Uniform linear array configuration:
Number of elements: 24
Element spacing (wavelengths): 1
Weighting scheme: binomial
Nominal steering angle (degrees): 45
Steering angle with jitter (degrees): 43.05
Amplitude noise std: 0.05
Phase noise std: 0.05

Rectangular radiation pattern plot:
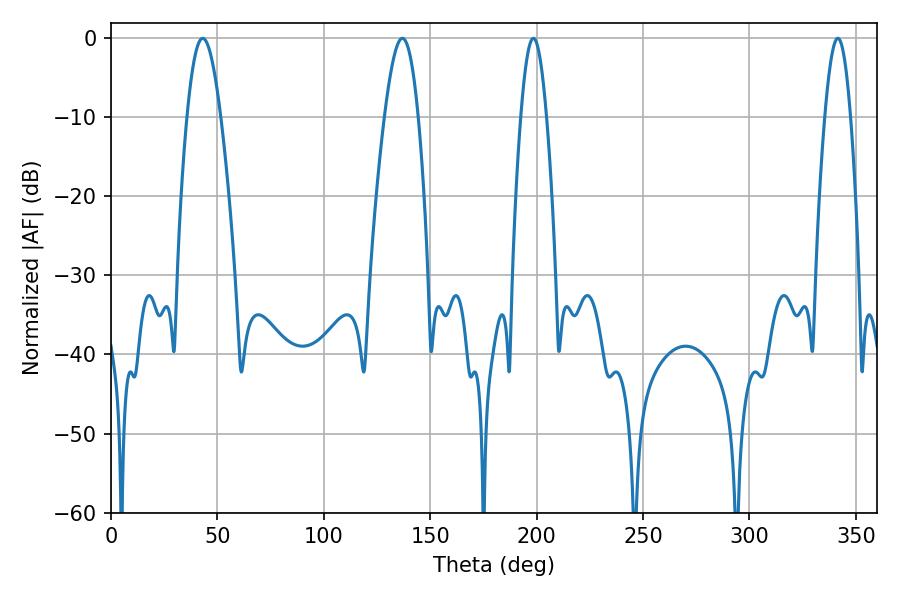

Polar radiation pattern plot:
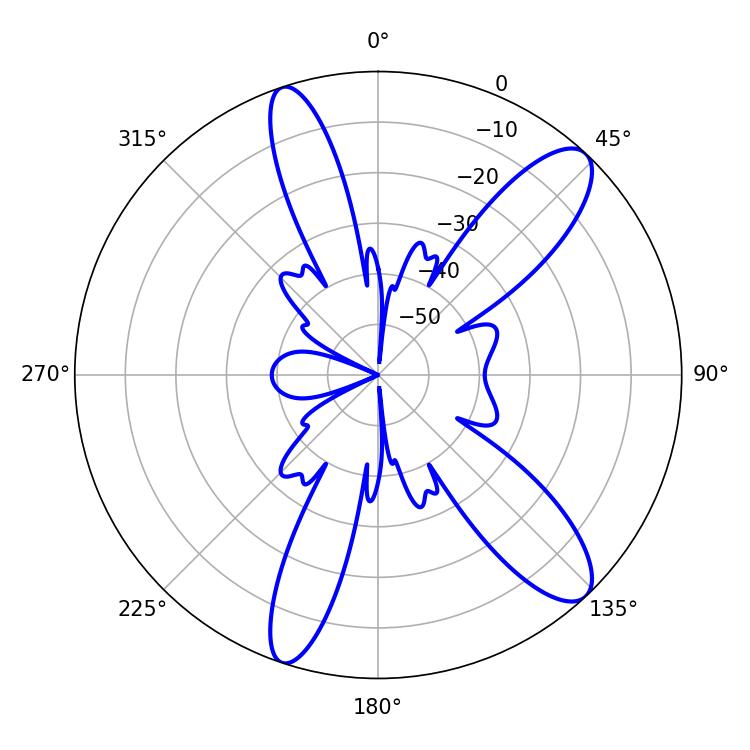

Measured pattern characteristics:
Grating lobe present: TRUE
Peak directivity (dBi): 11.43
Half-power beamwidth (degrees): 8.46
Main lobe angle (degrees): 43.02